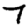
Digit: 7